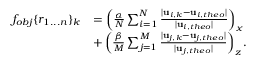
\begin{array} { r l } { f _ { o b j } \lbrace r _ { 1 . . . n } \rbrace _ { k } } & { = \left( \frac { \alpha } { N } \sum _ { i = 1 } ^ { N } \frac { \lvert { \bf { u } } _ { i , k } - { \bf { u } } _ { i , t h e o } \rvert } { \lvert { \bf { u } } _ { i , t h e o } \rvert } \right) _ { x } } \\ & { + \left( \frac { \beta } { M } \sum _ { j = 1 } ^ { M } \frac { \lvert { \bf { u } } _ { j , k } - { \bf { u } } _ { j , t h e o } \rvert } { \lvert { \bf { u } } _ { j , t h e o } \rvert } \right) _ { z } . } \end{array}